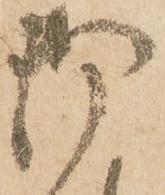
御